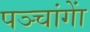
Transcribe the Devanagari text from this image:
पञ्चांगाें